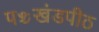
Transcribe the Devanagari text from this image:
पञ्चखंडपीठ